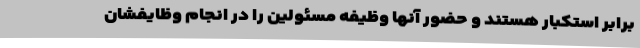
برابر استکبار هستند و حضور آنها وظیفه مسئولین را در انجام وظایفشان